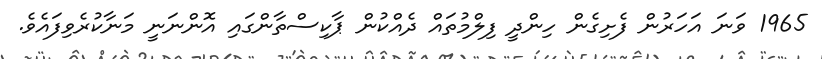
1965 ވަނަ އަހަރުން ފެށިގެން ހިންދީ ފިލްމުތައް ދެއްކުން ޕާކިސްތާންގައި އޮންނަނީ މަނާކުރެވިފައެވެ.